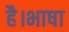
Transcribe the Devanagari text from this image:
है।भाषा